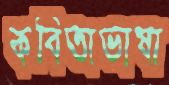
কবিতাভাষা